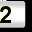
Digit: 2